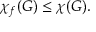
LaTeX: \chi _ { f } ( G ) \leq \chi ( G ) .